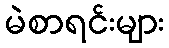
မဲစာရင်းများ